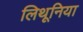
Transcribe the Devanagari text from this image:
लिथूनिया